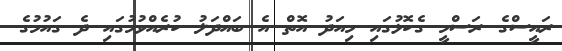
ރައީސްގެ ރަސްމީ ގެކޮޅުގައި މިއަދު އޮތް އެ ބައްދަލު ކުރެއްވުމުގައި ދެ ގައުމުގެ